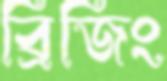
ব্রিজিং